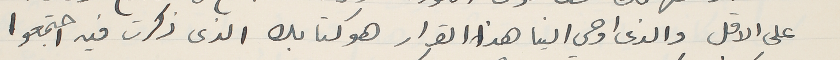
على الاقل والذى اوحي الينا هذا القرار هو كتابك الذى ذكرت فيه اجتمعوا